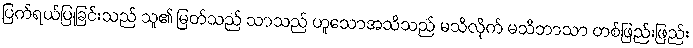
ပြက်ရယ်ပြုခြင်းသည် သူ၏ မြတ်သည် သာသည် ဟူသောအသိသည် မသိလိုက် မသိဘာသာ တစ်ဖြည်းဖြည်း